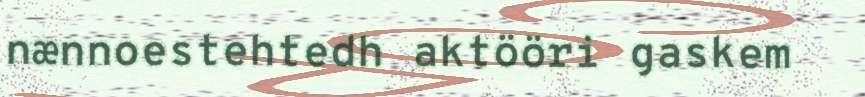
nænnoestehtedh aktööri gaskem